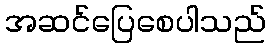
အဆင်ပြေစေပါသည်